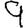
Digit: 9